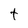
Character: t